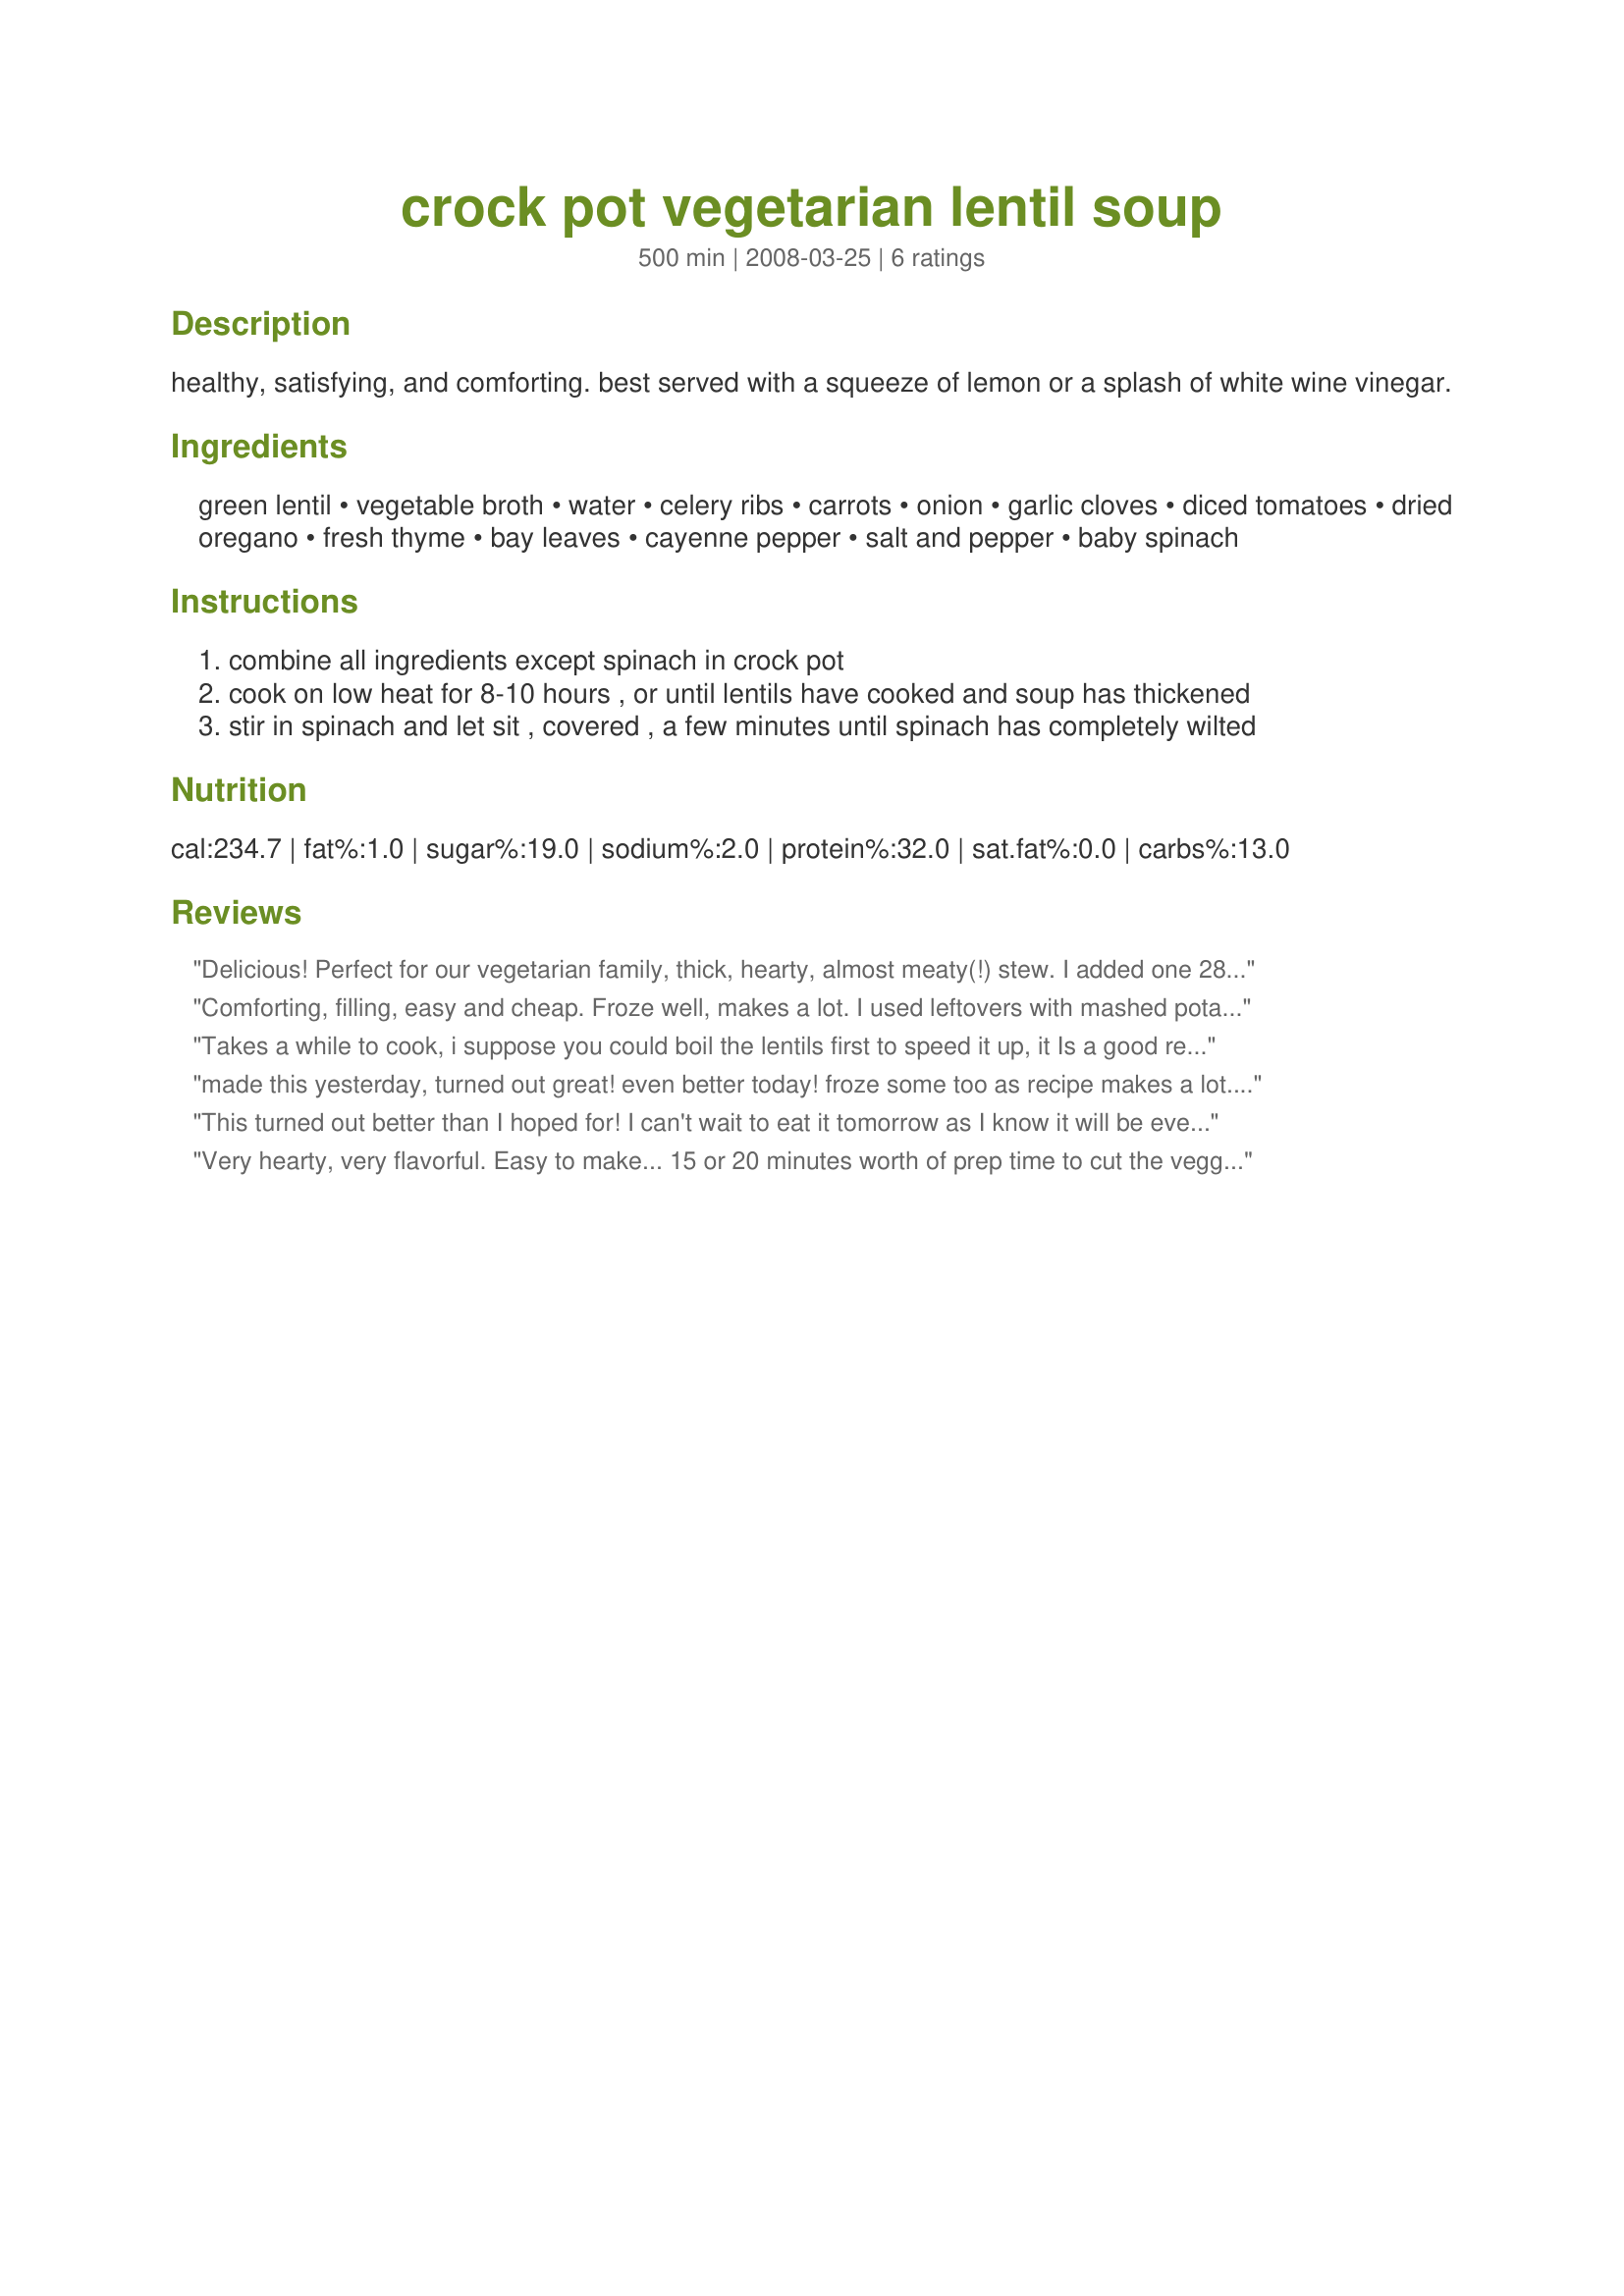
crock pot vegetarian lentil soup
Preparation time: 500 minutes

healthy, satisfying, and comforting. best served with a squeeze of lemon or a splash of white wine vinegar.

Ingredients:
green lentil, vegetable broth, water, celery ribs, carrots, onion, garlic cloves, diced tomatoes, dried oregano, fresh thyme, bay leaves, cayenne pepper, salt and pepper, baby spinach

Steps:
combine all ingredients except spinach in crock pot
cook on low heat for 8-10 hours , or until lentils have cooked and soup has thickened
stir in spinach and let sit , covered , a few minutes until spinach has completely wilted

Reviews:
Delicious! Perfect for our vegetarian family, thick, hearty, almost meaty(!) stew. I added one 28 oz can of whole tomatoes, cut up, for additional tomatoes, extra spinach for good nutrients - everybody LOVED it!<br/>PS 1) I ALWAYS use a slow cooker liner to make cleaning up a breeze. 2) One of my daughters bought me a "Vidalia Chop Wizard" a couple of years ago, it's the only kitchen "gadget" I actually use, cuts chopping time by 75%!
Comforting, filling, easy and cheap. Froze well, makes a lot. I used leftovers with mashed potato on top as a veggie shepherds pie which was lovely. I am very happy to have this recipe.
Takes a while to cook, i suppose you could boil the lentils first to speed it up, it Is a good recipe, i like it!
made this yesterday, turned out great! even better today! froze some too as recipe makes a lot. only thing i did differently was i added some chopped baby portabello mushrooms and used dried thyme instead of fresh and didn't have any cayenne. next time i will add even more spinach, because we love it. thanks for a great easy recipe!
This turned out better than I hoped for! I can't wait to eat it tomorrow as I know it will be even better. I added fresh lemon juice at the end and I will definitely make this again.
Very hearty, very flavorful. Easy to make... 15 or 20 minutes worth of prep time to cut the veggies. I will definitely be making this one again and again.
